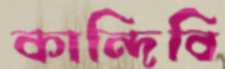
কান্দিবি